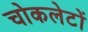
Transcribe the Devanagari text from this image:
चोकलेटों